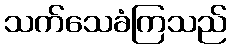
သက်သေခံကြသည်